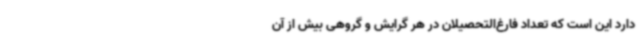
دارد این است که تعداد فارغ‌التحصیلان در هر گرایش و گروهی بیش از آن